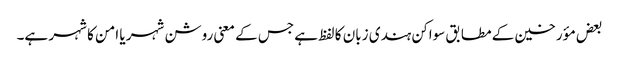
بعض مؤرخین کے مطابق سواکن ہندی زبان کا لفظ ہے جس کے معنی روشن شہر یا امن کا شہر ہے۔